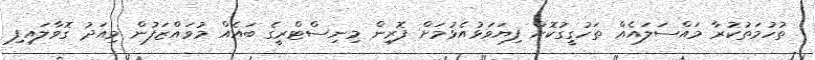
ތުހުމަތުކުރާ މައްސަލައެއް ތަހުގީގުކޮށް ފިޔަވަޅުއެޅުމަށް ފޮރިން މިނިސްޓްރީގެ ބައެއް މުވައްޒަފުން މިއަދު ގޮވާލައިފި